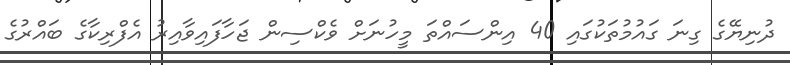
ދުނިޔޭގެ ގިނަ ގައުމުތަކުގައި 40 އިންސައްތަ މީހުނަށް ވެކްސިން ޖަހާފައިވާއިރު އެފްރިކާގެ ބައްރުގެ